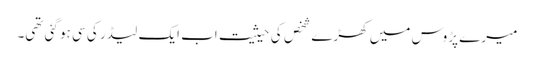
میرے پڑوس میں کھڑے شخص کی حیثیت اب ایک لیڈر کی سی ہو گئی تھی۔